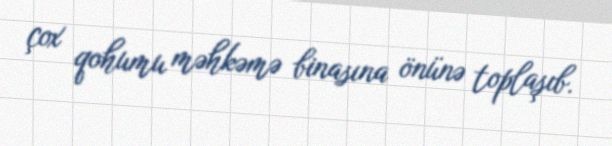
çox qohumu məhkəmə binasına önünə toplaşıb.